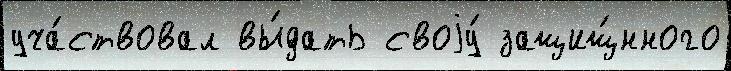
уча́ствовал вы́дать своjу́ защищ́нного